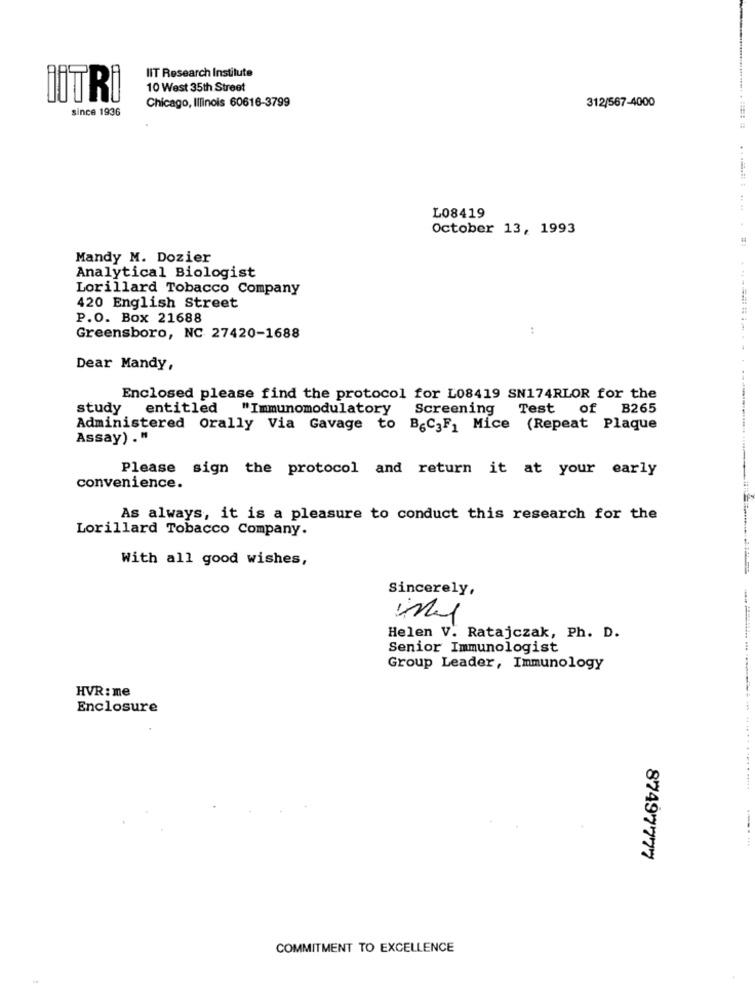
IIT Research Institute
10 West 35th Street
İİTRİ
Chicago, Illinois 60616-3799
since 1936
312/567-4000
L08419
October 13, 1993
Mandy M. Dozier
Analytical Biologist
Lorillard Tobacco Company
420 English Street
P.O. Box 21688
:
Greensboro, NC 27420-1688
Dear Mandy,
Enclosed please find the protocol for L08419 SN174RLOR for the
study entitled "Immunomodulatory
Screening
Test of B265
Administered Orally Via Gavage to B&C;F_ Mice (Repeat Plaque
Assay) ."
Please sign the protocol and return it at your early
convenience.
As always, it is a pleasure to conduct this research for the
Lorillard Tobacco Company.
With all good wishes,
Sincerely,
Helen V. Ratajczak, Ph. D.
Senior Immunologist
Group Leader, Immunology
HVR: me
Enclosure
87497777
COMMITMENT TO EXCELLENCE